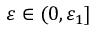
\ensuremath { \varepsilon } \in ( 0 , \ensuremath { \varepsilon } _ { 1 } ]